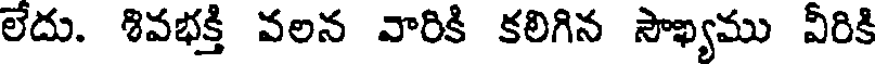
లేదు. శివభక్తి వలన వారికి కలిగిన సౌఖ్యము వీరికి